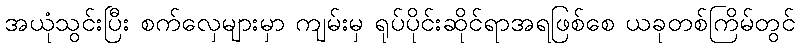
အယုံသွင်းပြီး စက်လှေများမှာ ကျမ်းမှ ရုပ်ပိုင်းဆိုင်ရာအရဖြစ်စေ ယခုတစ်ကြိမ်တွင်